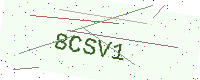
Text: 8CSV1